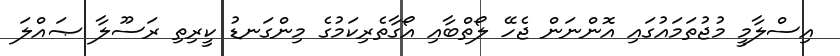
އިސްލާމީ މުޖުތަމައުގައި އޮންނަން ޖެހޭ ލޯތްބާއި އޯގާތެރިކަމުގެ މިންގަނޑު ކީރިތި ރަސޫލާ ޞައްލަ